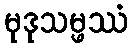
မုဒုသမ္ဖဿံ